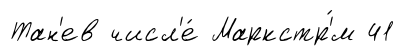
Тан'ев числ'е́ Маркстр'́м 41